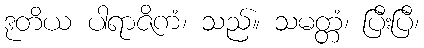
ဒုတိယ ပါရာဇိကံ၊ သည်။ သမတ္တံ၊ ပြီးပြီ၊